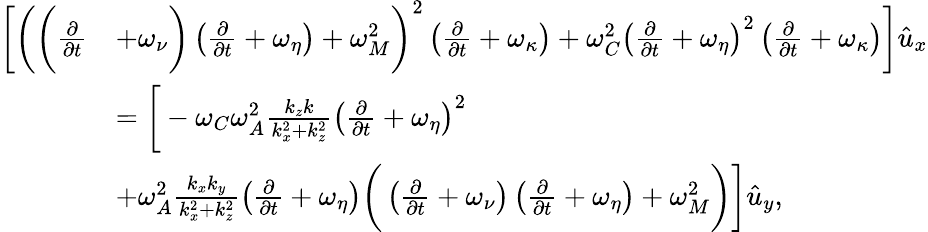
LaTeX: \begin{array}{rl}{\bigg[\bigg(\bigg(\frac{\partial}{\partial{t}}}&{+\omega_{\nu}\bigg)\left(\frac{\partial}{\partial{t}}+\omega_{\eta}\right)+\omega_{M}^{2}\bigg)^{2}\left(\frac{\partial}{\partial{t}}+\omega_{\kappa}\right)+\omega_{C}^{2}\left(\frac{\partial}{\partial{t}}+\omega_{\eta}\right)^{2}\left(\frac{\partial}{\partial{t}}+\omega_{\kappa}\right)\bigg]\hat{u}_{x}}\\ &{=\bigg[-\omega_{C}\omega_{A}^{2}\frac{k_{z}k}{k_{x}^{2}+k_{z}^{2}}\left(\frac{\partial}{\partial{t}}+\omega_{\eta}\right)^{2}}\\ &{+\omega_{A}^{2}\frac{k_{x}k_{y}}{k_{x}^{2}+k_{z}^{2}}\left(\frac{\partial}{\partial{t}}+\omega_{\eta}\right)\bigg(\left(\frac{\partial}{\partial{t}}+\omega_{\nu}\right)\left(\frac{\partial}{\partial{t}}+\omega_{\eta}\right)+\omega_{M}^{2}\bigg)\bigg]\hat{u}_{y},}\end{array}